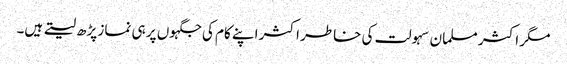
مگر اکثر مسلما ن سہولت کی خاطر اکثر اپنے کام کی جگہوں پر ہی نماز پڑھ لیتے ہیں۔